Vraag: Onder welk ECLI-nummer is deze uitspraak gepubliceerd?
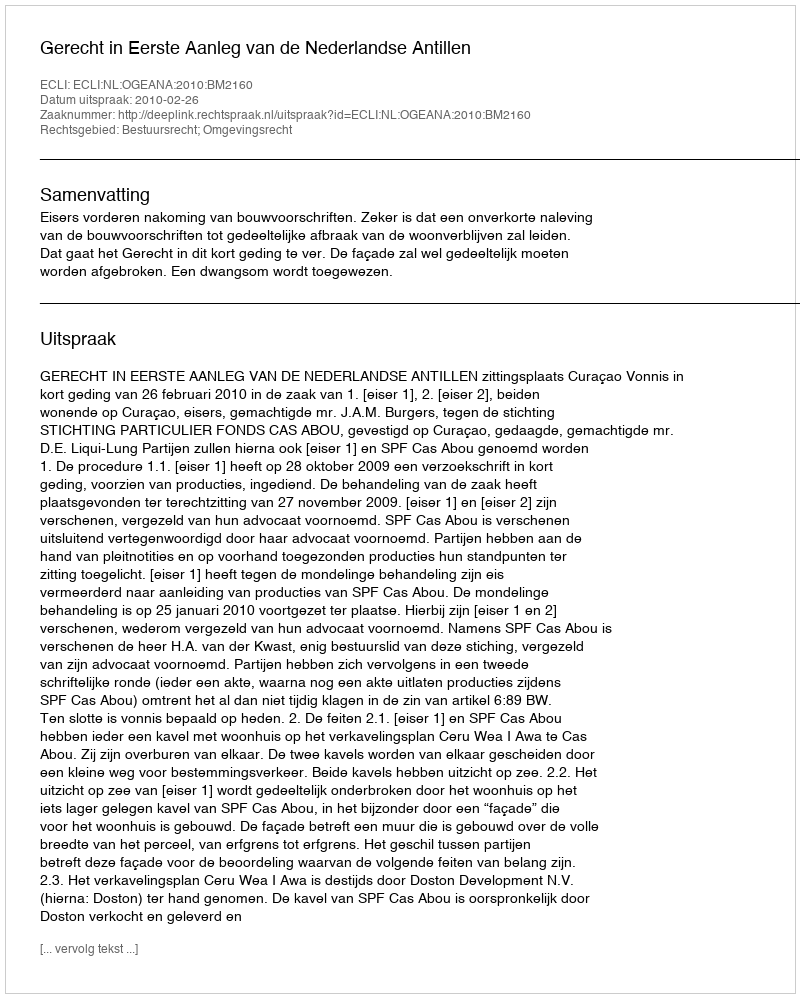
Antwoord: ECLI:NL:OGEANA:2010:BM2160